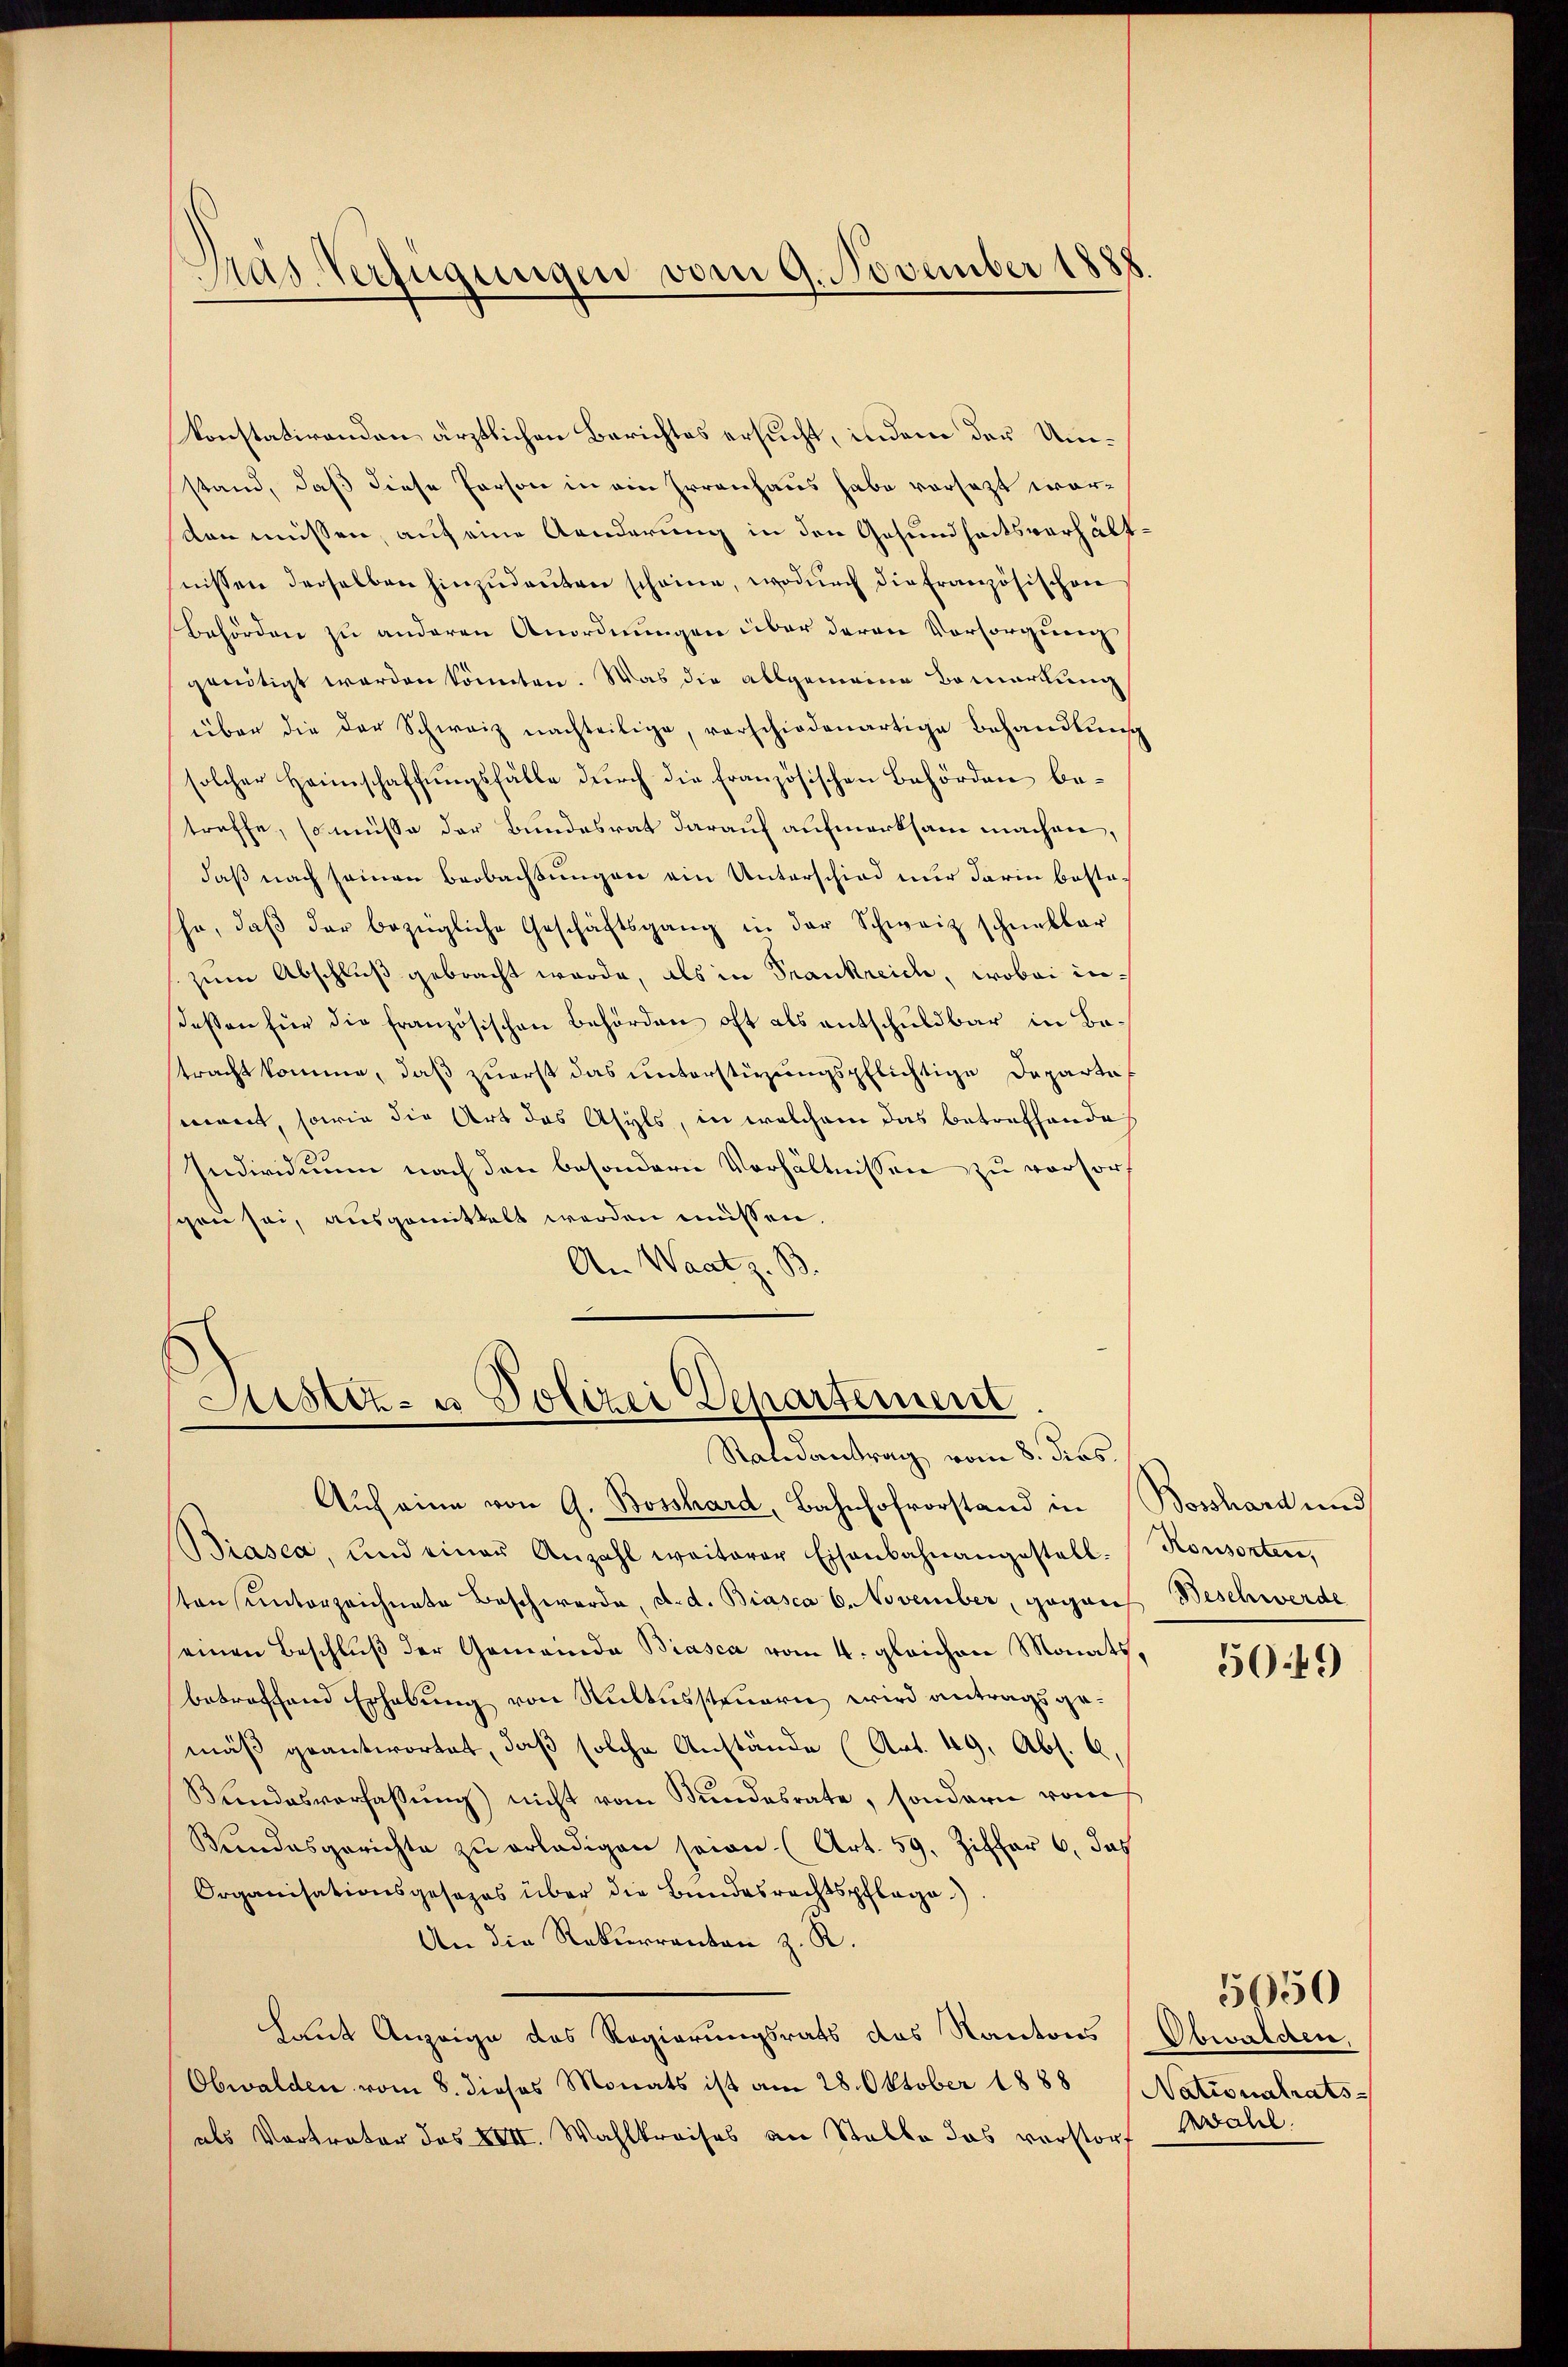
Mas Verfügungen vom 9. November 1888.

konstatirenden ärztlichen Berichtes ersucht, indem der Umstand, daß diese Person in ein Errenhaus habe vorsezt worden müssen, auf eine Aenderung in den Gesundheitsverhältfnissen derselben Einzudauten scheine, wodurch die Französischen
Behörden zu anderen Anordnungen über deren Vorsorgung
genötigt werden könnten. Was die allgemeine Bemerkung
über die der Schweiz nachteilige, verschiedenartige Behandlung
solcher Heimschaffungsfälle durch die französischen Behörden betreffe, so müsse der Bundesrat darauf aufmerksam machen,
daß nach seinen Beobachtungen ein Unterschied nur darin besta¬
Ja, daβ der bezügliche Geschäftsgang in der Schweiz schnellar
zum Abschluß gebracht werde, als in Trankreich, wobei inessen für die französischen Behörden oft als entschuldbar in Batracht komme, daß zuerst das unterstüzungspflichtige Departe
mont, sowie die Art des Asyls, in welchem das betreffende
Individuum nach den besondern Verhältnissen zu versorschen sei, ausgemittelt werden müssen.
An Waat z. B.

Justiz- u Polizei Departement
Raldantrag vom 8. dies

Auf eine von G. Bossard, Bahnhofvorstand in Bosshard und
Biasca, und einer Anzahl weiterer Eisenbahnangestall-
ten unterzeichnete Beschwerde, d. d. Biasca C. November, gegen Beschwerde
einen Beschluß der Gemeinde Biasca vom 4. gleichen Monats,
betreffend Erhebung von Kultussteuern wird antragsgemäß geantwortet, daß solche Anstände (Art. 49, Abs. 2,
Bŭndesverfassŭng nicht vom Stundesrate, sondern vom
Bundesgerichte zŭ erledigen seien. (Art. 59. Ziffer 6. das
Organisationsgesezes über die Bundesrechtspflege.)
An die Rekurrenten z. R.
haut Anzeige des Regierungsrats des Kantons (Obwalchen.
Obwalden vom 8. dieses Monats ist am 28. Oktober 1888
als Vortrater des XVII. Wahlkreises an Stalle das vorstorf

Ronsorten,

5049

Nationalrats
Wahl.

5050